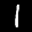
Label: 1